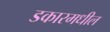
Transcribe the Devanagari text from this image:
डकारमधील